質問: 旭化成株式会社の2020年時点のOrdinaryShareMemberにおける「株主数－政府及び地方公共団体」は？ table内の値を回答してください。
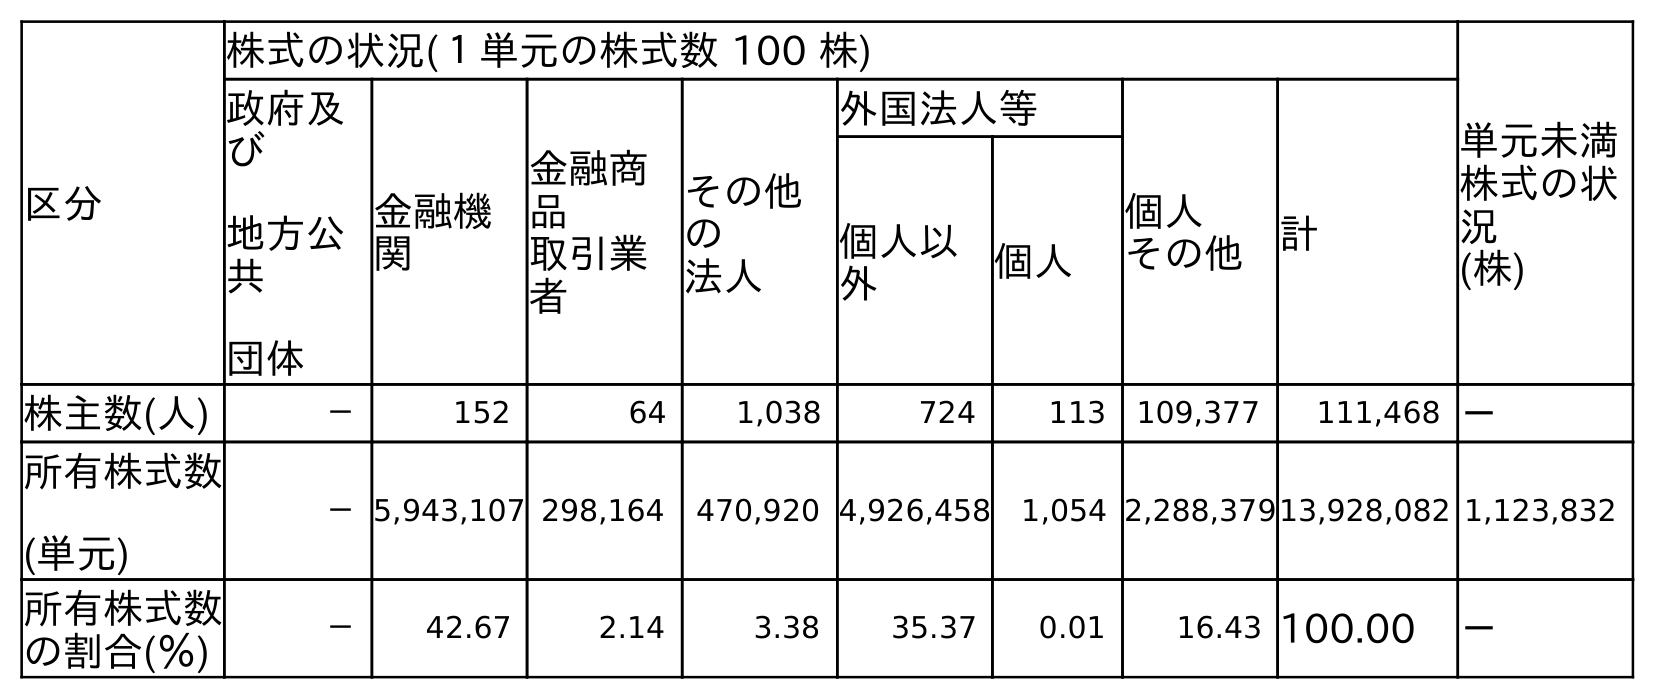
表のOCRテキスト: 区分 株式の状況(１単元の株式数 100 株) 単元未満 株式の状 況 (株) 政府及 び 地方公 共 団体 金融機 関 金融商 品 取引業 者 その他 の 法人 外国法人等 個人 その他 計 個人以 外 個人 株主数(人) － 152 64 1,038 724 113 109,377 111,468 － 所有株式数 (単元) －5,943,107 298,164 470,920 4,926,458 1,054 2,288,37913,928,082 1,123,832 所有株式数 の割合(％) － 42.67 2.14 3.38 35.37 0.01 16.43 100.00 －
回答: －